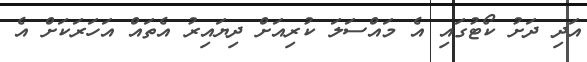
އަދި ދަށު ކޯޓުގައި އެ މައްސަލަ ކުރިއަށް ދިޔައިރު އެތައް އަހަރަކަށް އެ